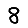
Digit: 8